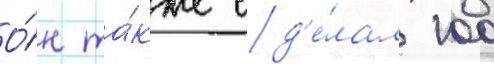
О́н та́кже сд'е́лал 100